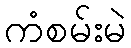
ကံစမ်းမဲ